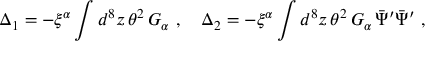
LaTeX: \Delta _ { 1 } = - \xi ^ { \alpha } \int d ^ { 8 } z \, \theta ^ { 2 } \, G _ { \alpha } \ , \quad \Delta _ { 2 } = - \xi ^ { \alpha } \int d ^ { 8 } z \, \theta ^ { 2 } \, G _ { \alpha } \, \bar { \Psi } ^ { \prime } \bar { \Psi } ^ { \prime } \ ,